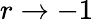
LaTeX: r\rightarrow-1